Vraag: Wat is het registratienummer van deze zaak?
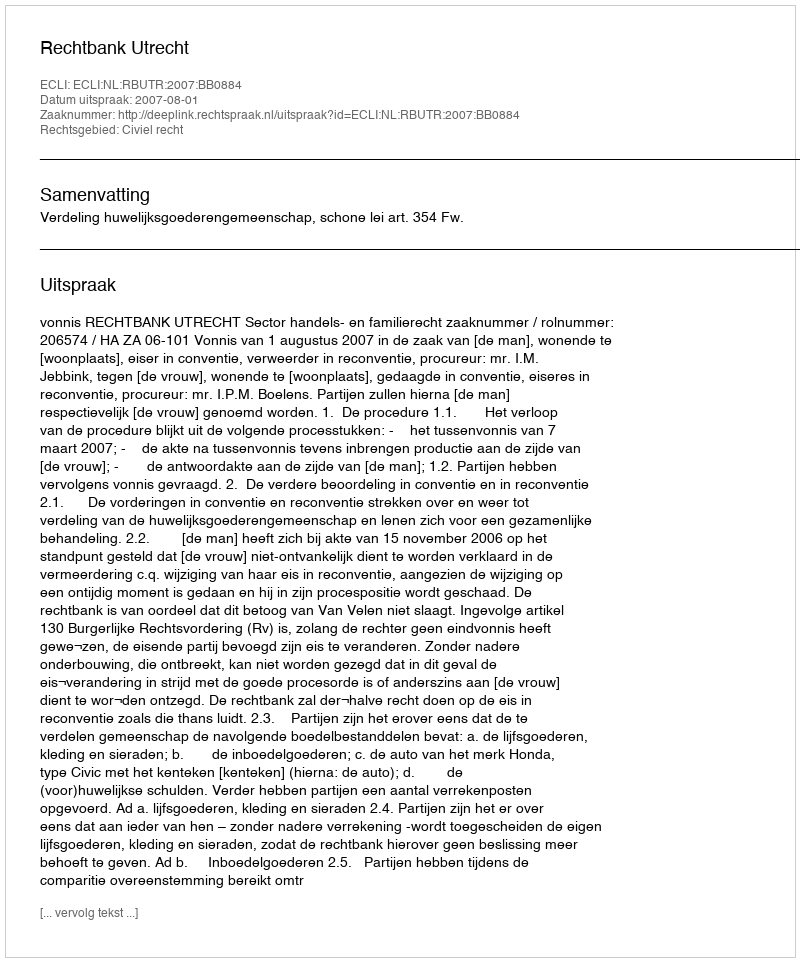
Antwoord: http://deeplink.rechtspraak.nl/uitspraak?id=ECLI:NL:RBUTR:2007:BB0884